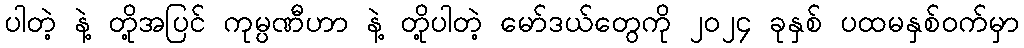
ပါတဲ့ နဲ့ တို့အပြင် ကုမ္ပဏီဟာ နဲ့ တို့ပါတဲ့ မော်ဒယ်တွေကို ၂၀၂၄ ခုနှစ် ပထမနှစ်ဝက်မှာ